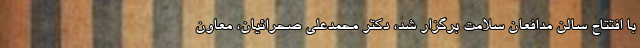
با افتتاح سالن مدافعان سلامت برگزار شد، دکتر محمدعلی صحرائیان، معاون